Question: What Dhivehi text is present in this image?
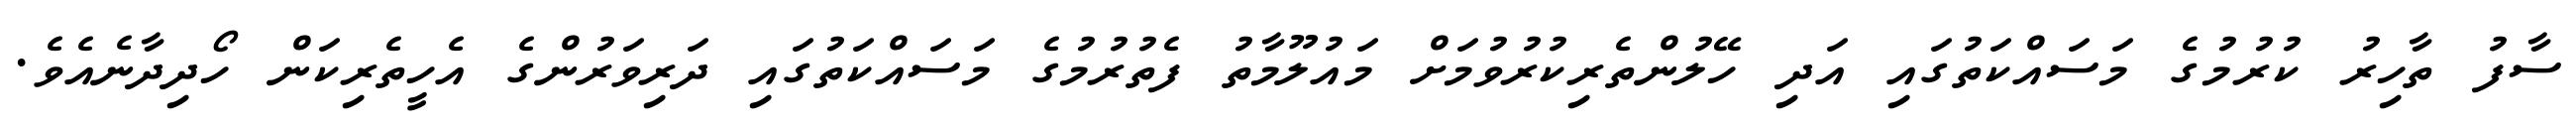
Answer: ސާފު ތާހިރު ކުރުމުގެ މަސައްކަތުގައި އަދި ހޭލުންތެރިކުރުވުމަށް މައުލޫމާތު ފެތުރުމުގެ މަސައްކަތުގައި ދަރިވަރުންގެ އެހީތެރިކަން ހޯދިދާނެއެވެ.